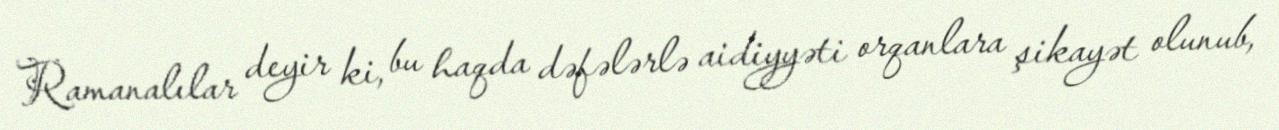
Ramanalılar deyir ki, bu haqda dəfələrlə aidiyyəti orqanlara şikayət olunub,